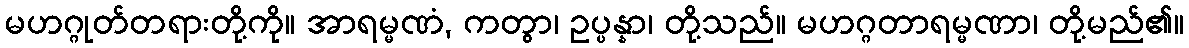
မဟဂ္ဂုတ်တရားတို့ကို။ အာရမ္မဏံ, ကတွာ၊ ဥပ္ပန္နာ၊ တို့သည်။ မဟဂ္ဂတာရမ္မဏာ၊ တို့မည်၏။